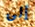
إلى